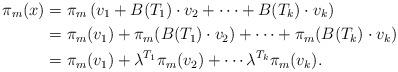
LaTeX: \begin{align*}\pi_m(x) &= \pi_m\left(v_1+B(T_1)\cdot v_2+\cdots +B(T_k)\cdot v_k\right)\\&= \pi_m(v_1)+\pi_m(B(T_1)\cdot v_2)+\cdots +\pi_m(B(T_k)\cdot v_k)\\&=\pi_m(v_1)+\lambda^{T_1}\pi_m(v_2)+\cdots \lambda^{T_k}\pi_m(v_k).\end{align*}